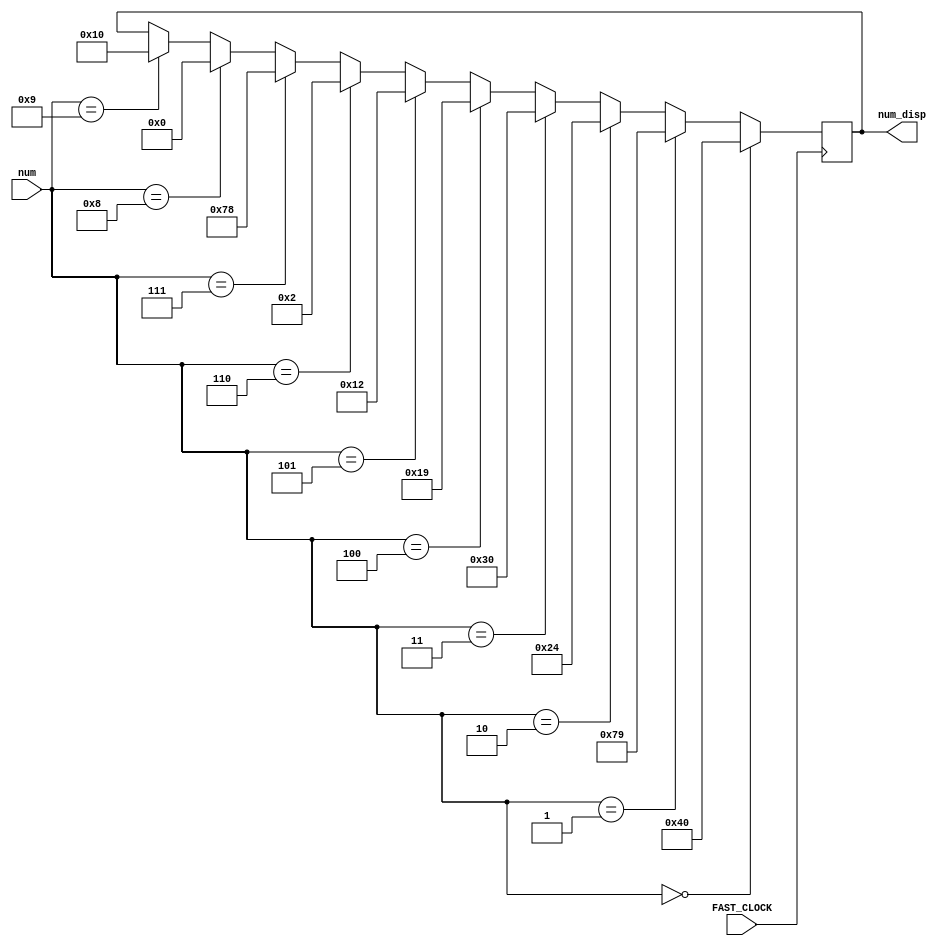
`timescale 1ns / 1ps

module display_random(input FAST_CLOCK, input [6:0] num, output reg[6:0] num_disp = 0);

    reg[6:0]char_0 = 7'b1000000;
    reg[6:0]char_1 = 7'b1111001;
    reg[6:0]char_2 = 7'b0100100;
    reg[6:0]char_3 = 7'b0110000; 
    reg[6:0]char_4 = 7'b0011001;
    reg[6:0]char_5 = 7'b0010010;
    reg[6:0]char_6 = 7'b0000010;
    reg[6:0]char_7 = 7'b1111000; 
    reg[6:0]char_8 = 7'b0;
    reg[6:0]char_9 = 7'b0010000;


    always @(posedge FAST_CLOCK) begin
            if (num == 7'd0)
                num_disp <= char_0;
            else if (num == 7'd1)
                num_disp <= char_1;
            else if (num == 7'd2)
                num_disp <= char_2;
             else if (num == 7'd3)
                num_disp <= char_3;                                
            else if (num == 7'd4)
                num_disp <= char_4;        
            else if (num == 7'd5)
                num_disp <= char_5;        
            else if (num == 7'd6)
                num_disp <= char_6;
            else if (num == 7'd7)
                num_disp <= char_7;                                            
            else if (num == 7'd8)
                num_disp <= char_8;        
            else if (num == 7'd9)
                num_disp <= char_9;        
    end

endmodule